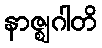
နာဇ္ဈဂါတိ